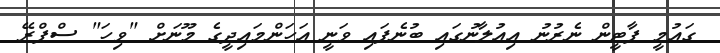
ގައުމީ ޕާޓީން ނެރުނު އިއުލާނުގައި ބުނެފައި ވަނީ އަހަންމައިދީގެ މޫނަށް "ވިހަ" ސްޕްރޭ